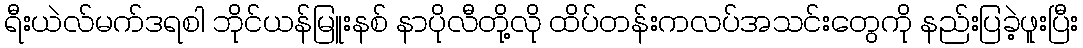
ရီးယဲလ်မက်ဒရစါ ဘိုင်ယန်မြူးနစ် နာပိုလီတို့လို ထိပ်တန်းကလပ်အသင်းတွေကို နည်းပြခဲ့ဖူးပြီး